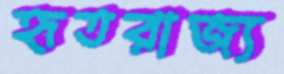
হৃতরাজ্য